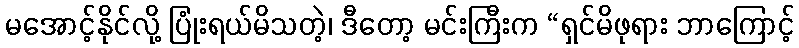
မအောင့်နိုင်လို့ ပြုံးရယ်မိသတဲ့၊ ဒီတော့ မင်းကြီးက “ရှင်မိဖုရား ဘာကြောင့်